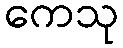
ကေသု